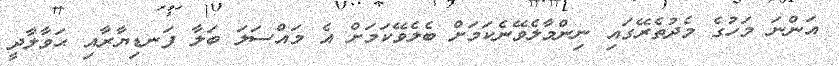
އަންނަ މަހުގެ މެދުތެރޭގައި ނިންމާލެވޭނެކަމަށް ބެލެވޭކަމަށް އެ މައްސަލަ ބަލާ ފަނޑިޔާރާއި ޙަވާލާދީ